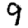
Digit: 9